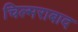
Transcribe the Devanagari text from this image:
चिल्मराबाद